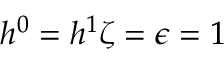
h ^ { 0 } = h ^ { 1 } \zeta = \epsilon = 1